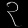
Digit: ၃